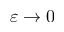
\varepsilon \to 0